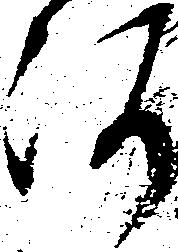
河